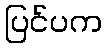
ပြင်ပက